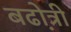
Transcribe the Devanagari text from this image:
बढो़त्री